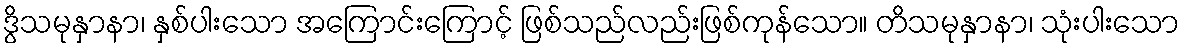
ဒွိသမုနှာနာ၊ နှစ်ပါးသော အကြောင်းကြောင့် ဖြစ်သည်လည်းဖြစ်ကုန်သော။ တိသမုနှာနာ၊ သုံးပါးသော